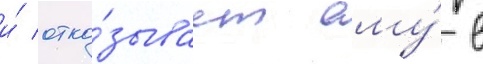
и́ отка́зывает ему́ в